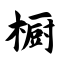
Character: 橱